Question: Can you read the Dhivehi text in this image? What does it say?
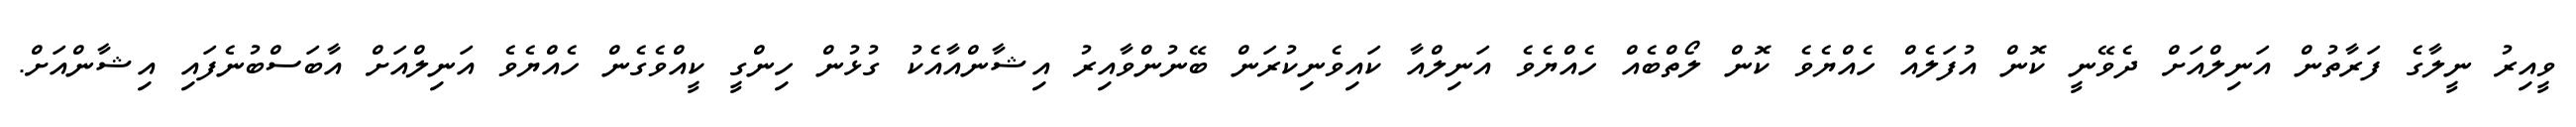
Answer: ވީއިރު ނީލާގެ ފަރާތުން އަނިލްއަށް ދެވޭނީ ކޮން އުފަލެއް ހެއްޔެވެ ކޮން ލޯތްބެއް ހެއްޔެވެ އަނިލްއާ ކައިވެނިކުރަން ބޭނުންވާއިރު އިޝާންއާއެކު ގުޅުން ހިންގީ ކީއްވެގެން ހެއްޔެވެ އަނިލްއަށް އާބަސްބުނެފައި އިޝާންއަށް.